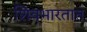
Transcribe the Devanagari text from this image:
शिवभारतात